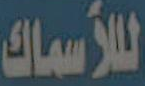
للأسماك